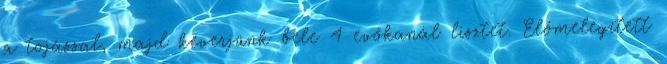
a tojással, majd keverjünk bele 4 evőkanál lisztet. Előmelegített